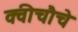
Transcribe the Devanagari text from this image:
क्वीचौचे